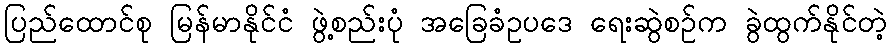
ပြည်ထောင်စု မြန်မာနိုင်ငံ ဖွဲ့စည်းပုံ အခြေခံဥပဒေ ရေးဆွဲစဉ်က ခွဲထွက်နိုင်တဲ့